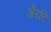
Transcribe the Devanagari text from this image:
अँरटि